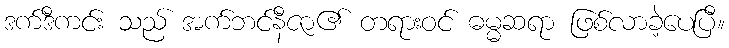
ဒက်ဒီကင်း သည် အက်ဘင်နီဇာ၏ တရားဝင် ဓမ္မဆရာ ဖြစ်လာခဲ့ပေပြီ။